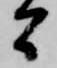
間